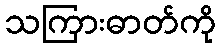
သကြားဓာတ်ကို